Veski_algkool, lk 23
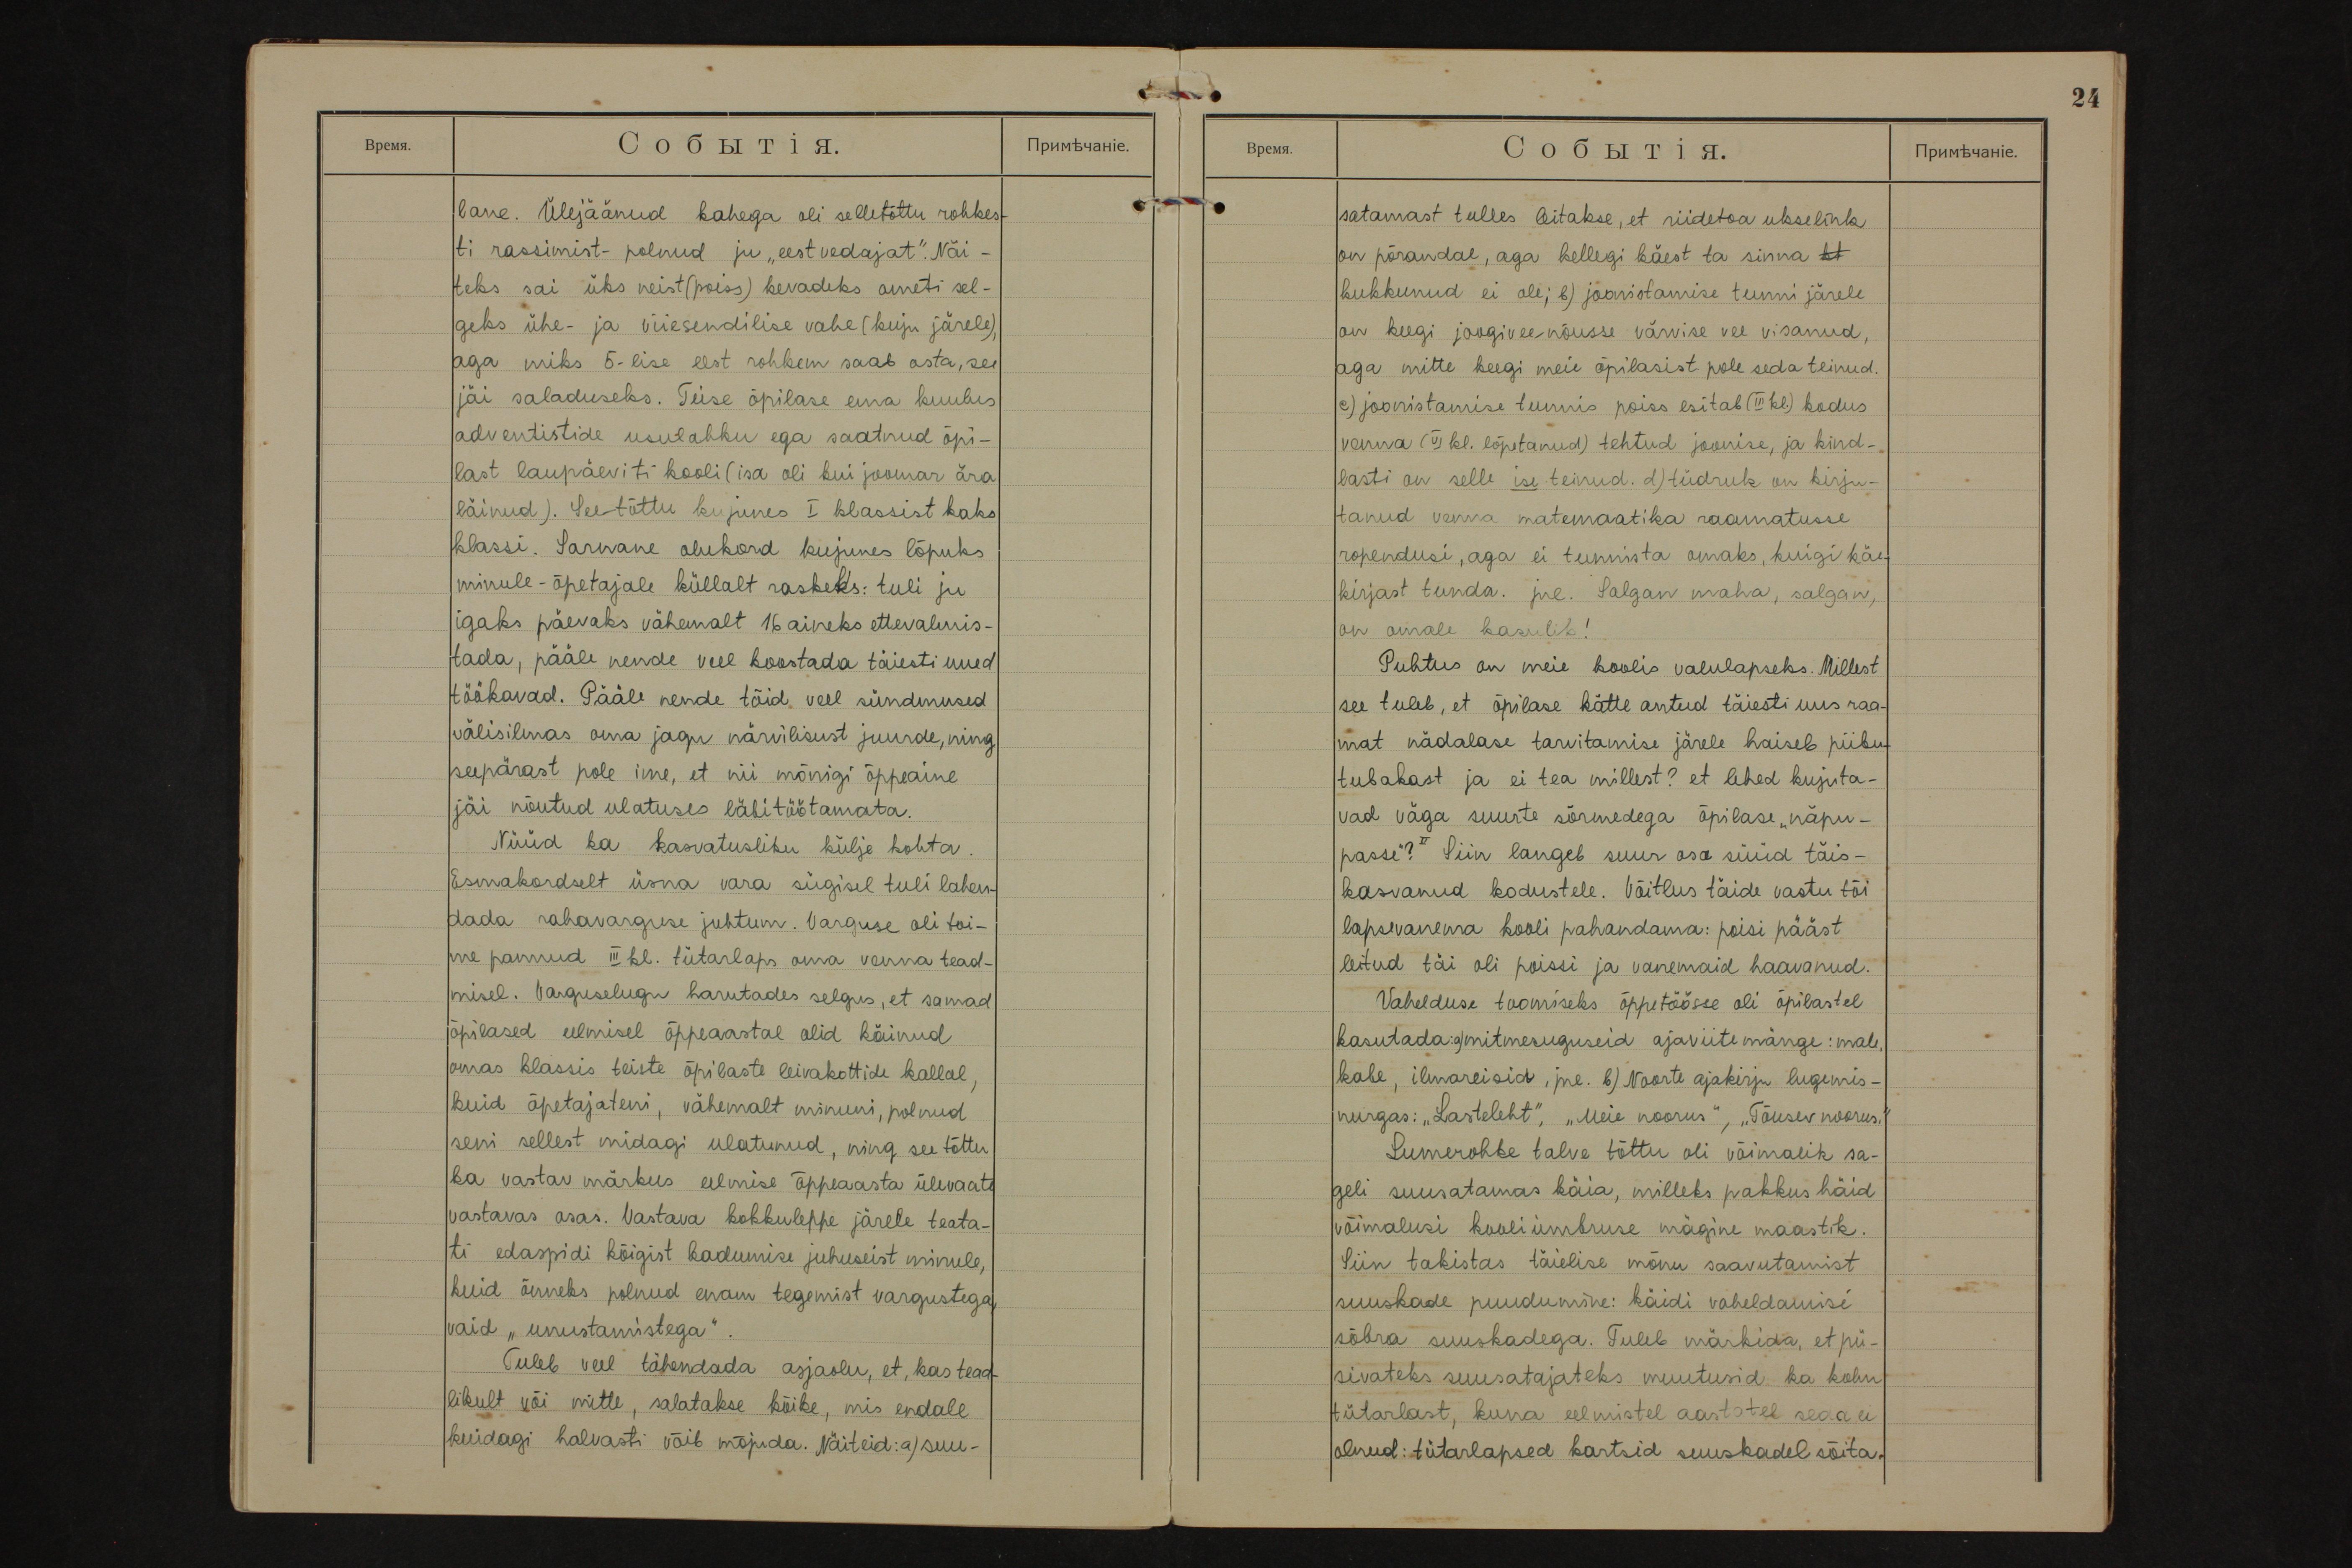
24
lane. Ülejäänud kahega oli selletõttu rohkes-
ti rassimist - polnud ju ,,eestvedajat". Näi-
teks sai üks neist (poiss) kevadeks ometi sel-
geks ühe- ja viiesendilise vahe (kuju järele),
aga miks 5-lise eest rohkem saab osta, see
jäi saladuseks. Teise õpilase ema kuulus
adventistide usulahku ega saatnud õpi-
last laupäeviti kooli (isa oli kui joomar ära
läinud). Seetõttu kujunes I klassist kaks
klassi. Sarnane olukord kujunes lõpuks
minule - õpetajale küllalt raskeks: tuli ju
igaks päevaks vähemalt 16 aineks ettevalmis-
tada, pääle nende veel koostada täiesti uued
töökavad. Pääle nende tõid veel sündmused
välisilmas oma jagu närvilisust juurde, ning
seepärast pole ime, et nii mõnigi õppeaine
jäi nõutud ulatuses läbitöötamata.
Nüüd ka kasvatusliku külje kohta.
Esmakordselt üsna vara sügisel tuli lahen-
dada rahavarguse juhtum. Varguse oli toi-
me pannud III kl. tütarlaps oma venna tead-
misel. Varguselugu harutades selgus, et samad
õpilased eelmisel õppeaastal olid käinud
omas klassis teiste õpilaste leivakottide kallal,
kuid õpetajateni, vähemalt minuni, polnud
seni sellest midagi ulatunud, ning seetõttu
ka vastav märkus eelmise õppeaasta ülevaate
vastavas osas. Vastava kokkuleppe järele teata-
ti edaspidi kõigist kadumise juhuseist minule,
kuid õnneks polnud enam tegemist vargustega,
vaid "unustamistega".
Tuleb veel tähendada asjaolu, et, kas tead-
likult või mitte, salatakse kõike, mis endale
kuidagi halvasti võib mõjuda. Näiteid: a) suu-

satamast tulles leitakse, et riidetoa ukselink
on põrandal, aga kellegi käest ta sinna kl
kukkunud ei ole; b) joonistamise tunni järele
on keegi joogiveenõusse värvise vee visanud,
aga mitte keegi meie õpilasist pole seda teinud.
c) joonistamise tunnis poiss esitab (III kl.) kodus
venna (VI kl. lõpetanud) tehtud joonise, ja kind-
lasti on selle ise teinud. d) tüdruk on kirju-
tanud venna matemaatika raamatusse
ropendusi, aga ei tunnista omaks, kuigi käe-
kirjast tunda. jne. Salgan maha, salgan,
on omale kasulik!
Puhtus on meie koolis valulapseks. Millest
see tuleb, et õpilase kätte antud täiesti uus raa-
mat nädalase tarvitamise järele haiseb piibu-
tubakast ja ei tea millest? et lehed kujuta-
vad väga suurte sõrmedega õpilase "näpu-
passe"? Siin langeb suur osa süüd täis-
kasvanud kodustele. Võitlus täide vastu tõi
lapsevanema kooli pahandama: poisi pääst
leitud täi oli poissi ja vanemaid haavanud.
Vahelduse toomiseks õppetöösse oli õpilastel
kasutada: a) mitmesuguseid ajaviitemänge: male,
kabe, ilmareisid, jne. b) Noorte ajakirju lugemis-
nurgas: "Lasteleht", "Meie noorus", "Tõusev noorus".
Lumerohke talve tõttu oli võimalik sa-
geli suusatamas käia, milleks pakkus häid
võimalusi kooliümbruse mägine maastik.
Siin takistas täielise mõnu saavutamist
suuskade puudumine: käidi vaheldamisi
sõbra suuskadega. Tuleb märkida, et pü-
sivateks suusatajateks muutusid ka kolm
tütarlast, kuna eelmistel aastatel seda ei
olnud: tütarlapsed kartsid suuskadel sõita.